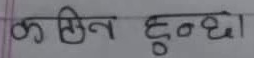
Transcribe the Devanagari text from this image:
कति हुन्छ।